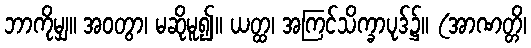
ဘာကိုမျှ။ အဝတွာ၊ မဆိုမူ၍။ ယတ္ထ၊ အကြင်သိက္ခာပုဒ်၌။ (အာဏတ္တိ၊